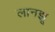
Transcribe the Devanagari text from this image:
लानझू